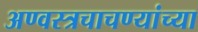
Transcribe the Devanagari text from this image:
अण्वस्त्रचाचण्यांच्या